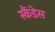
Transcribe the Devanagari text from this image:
स्कैंडेस